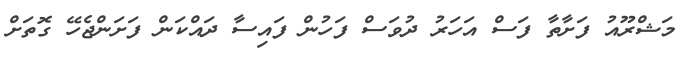
މަޝްރޫއު ފަށާތާ ފަސް އަހަރު ދުވަސް ފަހުން ފައިސާ ދައްކަން ފަށަންޖެހޭ ގޮތަށް